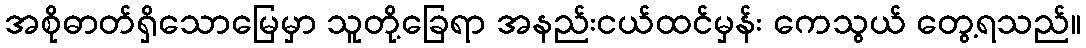
အစိုဓာတ်ရှိသောမြေမှာ သူတို့ခြေရာ အနည်းငယ်ထင်မှန်း ကေသွယ် တွေ့ရသည်။